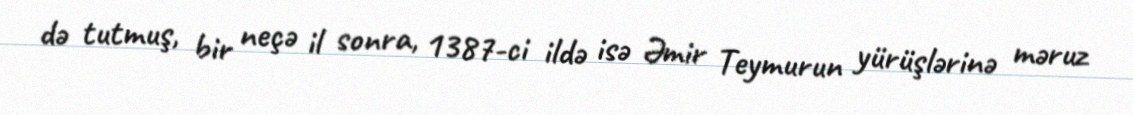
də tutmuş, bir neçə il sonra, 1387-ci ildə isə Əmir Teymurun yürüşlərinə məruz